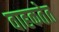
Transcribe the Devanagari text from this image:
वाहकतेत